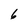
Character: 6